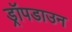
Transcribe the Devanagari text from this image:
ड्रॉपडाउन